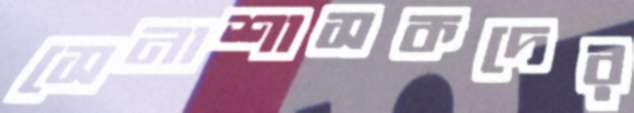
সেনাশাসকদের